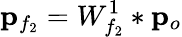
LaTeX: {\mathbf p}_{f_{2}}=W_{f_{2}}^{1}*{\mathbf p}_{o}